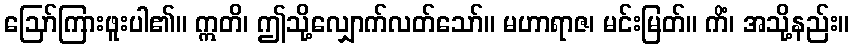
ဩော်ကြားဖူးပါ၏။ ဣတိ၊ ဤသို့လျှောက်လတ်သော်။ မဟာရာဇ၊ မင်းမြတ်။ ကိံ၊ အသို့နည်း။